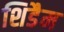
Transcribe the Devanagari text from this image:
शिडैम